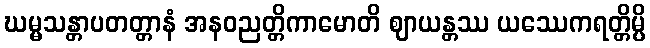
ဃမ္မသန္တာပတတ္တာနံ အနဝညတ္တိကာမောတိ ဈာယန္တဿ ယဿေကရတ္တိမ္ပိ